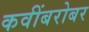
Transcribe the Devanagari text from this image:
कवींबरोबर